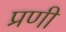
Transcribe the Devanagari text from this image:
प्रणी